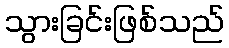
သွားခြင်းဖြစ်သည်